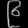
Digit: ၉